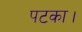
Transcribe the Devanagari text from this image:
पटका।